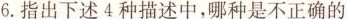
6.指出下述4种描述中，哪种是不正确的 ( )